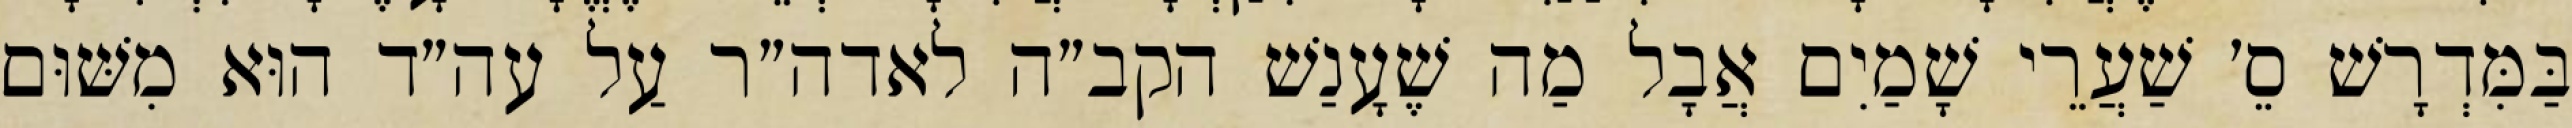
בַּמִּדְרָשׁ סֵ׳ שַׁעֲרֵי שָׁמַיִם אֲבָל מַה שֶׁעָנַשׁ הקב״ה לאדה״ר עַל עה״ד הוּא מִשּׁוּם